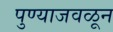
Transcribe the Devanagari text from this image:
पुण्याजवळून